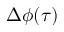
\Delta \phi ( \tau )